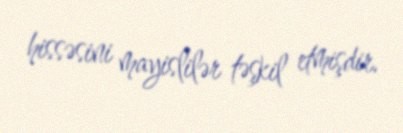
hissəsini mayislilər təşkil etmişdir.